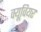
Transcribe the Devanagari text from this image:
क्यूवियर